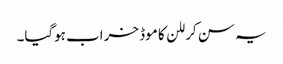
یہ سن کر للن کا موڈ خراب ہوگیا۔